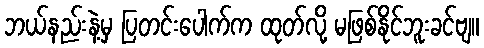
ဘယ်နည်းနဲ့မှ ပြတင်းပေါက်က ထုတ်လို့ မဖြစ်နိုင်ဘူးခင်ဗျ။